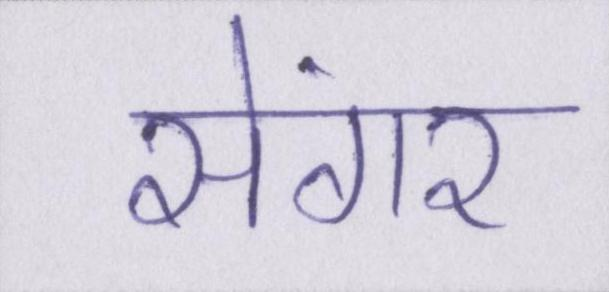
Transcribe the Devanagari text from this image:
सेंगर